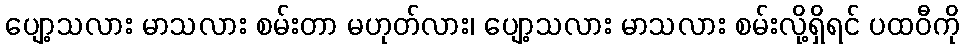
ပျော့သလား မာသလား စမ်းတာ မဟုတ်လား၊ ပျော့သလား မာသလား စမ်းလို့ရှိရင် ပထဝီကို